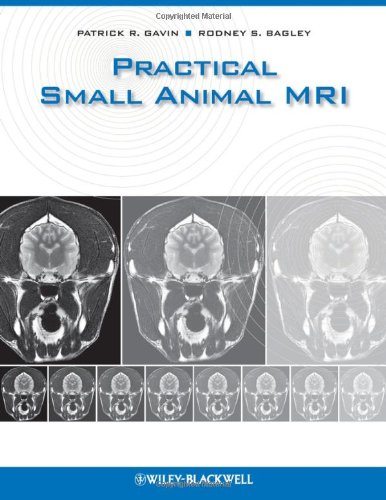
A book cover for Practical Small Animal MRI; Medical Books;